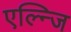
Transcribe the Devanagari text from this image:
एल्न्जि